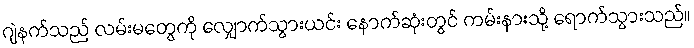
ဂျဲနက်သည် လမ်းမတွေကို လျှောက်သွားယင်း နောက်ဆုံးတွင် ကမ်းနားသို့ ရောက်သွားသည်။